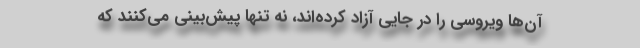
آن‌ها ویروسی را در جایی آزاد کرده‌اند، نه تنها پیش‌بینی می‌کنند که